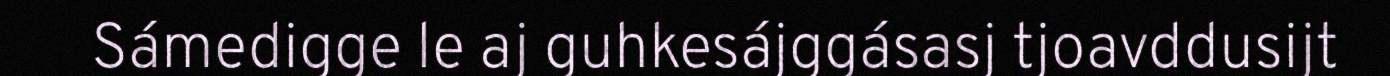
Sámedigge le aj guhkesájggásasj tjoavddusijt